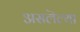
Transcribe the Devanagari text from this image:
असलॆल्या